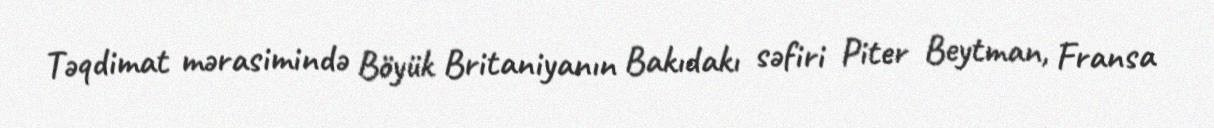
Təqdimat mərasimində Böyük Britaniyanın Bakıdakı səfiri Piter Beytman, Fransa